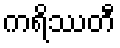
ကရိဿတီ